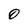
Character: O